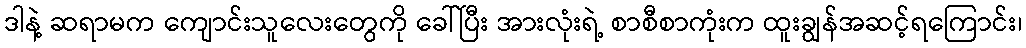
ဒါနဲ့ ဆရာမက ကျောင်းသူလေးတွေကို ခေါ်ပြီး အားလုံးရဲ့ စာစီစာကုံးက ထူးချွန်အဆင့်ရကြောင်း၊